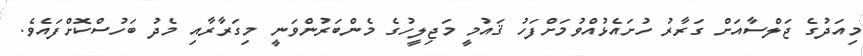
މިއަދުގެ ޖަލްސާއަށް ގަރާރު ހުށައެޅުއްވުމަށްފަހު ޤައުމީ މަޖިލީހުގެ މެންބަރުންވަނީ މިގަރާރާއި މެދު ބަހުސްކޮށްފައެވެ.